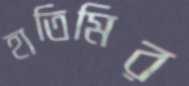
হাতিমির